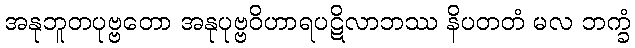
အနုဘူတပုဗ္ဗတော အနုပုဗ္ဗဝိဟာရပဋိလာဘဿ နိပတတံ မလ ဘက္ခံ